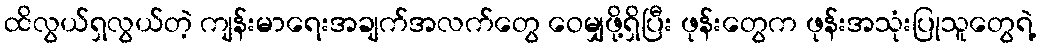
ထိလွယ်ရှလွယ်တဲ့ ကျန်းမာရေးအချက်အလက်တွေ ဝေမျှဖို့ရှိပြီး ဖုန်းတွေက ဖုန်းအသုံးပြုသူတွေရဲ့